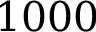
1 0 0 0